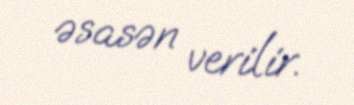
əsasən verilir.